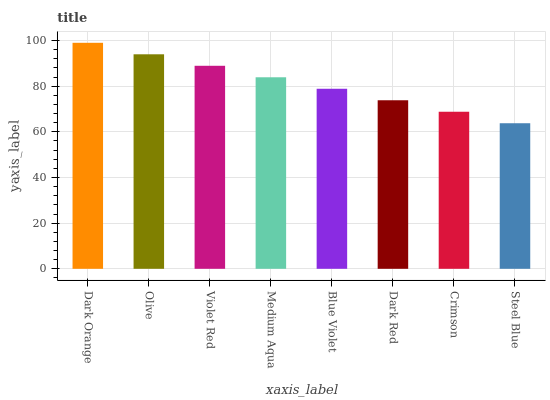
| xaxis_label | bars |
 | --- | --- |
 | Dark Orange | 99 |
 | Olive | 94 |
 | Violet Red | 88.9 |
 | Medium Aqua | 83.9 |
 | Blue Violet | 78.9 |
 | Dark Red | 73.8 |
 | Crimson | 68.8 |
 | Steel Blue | 63.8 |